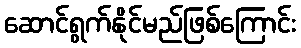
ဆောင်ရွက်နိုင်မည်ဖြစ်ကြောင်း